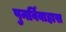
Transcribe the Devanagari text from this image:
पुनर्विवाहास